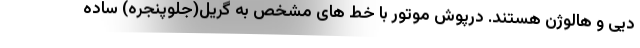
دیی و هالوژن هستند. درپوش موتور با خط های مشخص به گریل(جلوپنجره) ساده